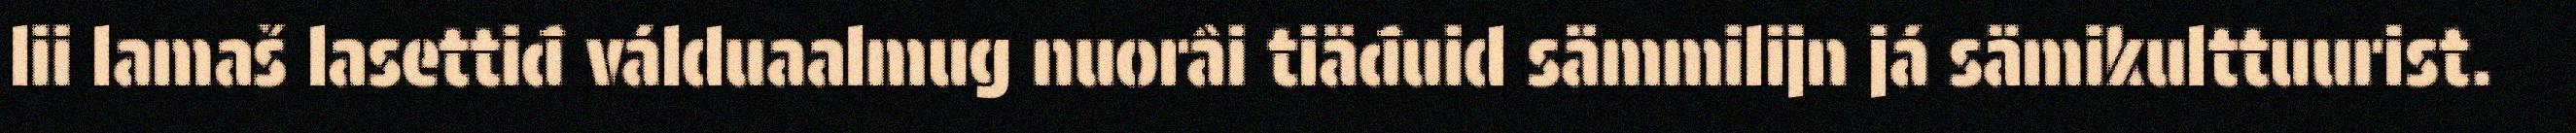
lii lamaš lasettiđ válduaalmug nuorâi tiäđuid sämmilijn já sämikulttuurist.